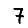
Digit: 7